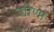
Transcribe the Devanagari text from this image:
जीणा